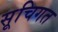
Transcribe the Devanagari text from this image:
सूचिगत